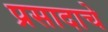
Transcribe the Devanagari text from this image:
प्रसादाचे